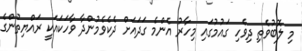
މި ލޮބުވެތި ދިވެހި ގައުމުގައި މިހާރު އެންމެ ގަދައަށް ދެކެވެމުންދާ ވާހަކައަކީ ރައްޔިތުންގެ